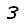
Digit: 3